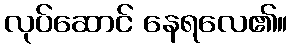
လုပ်ဆောင် နေရလေ၏။